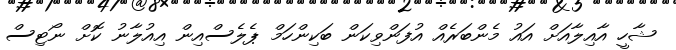
ޝާހީ އާއިލާއަށް އައު މެންބަރެއް އުފަންވިކަން ބަކިންހަމް ޕެލެސްއިން އިއުލާނު ކޮށް ނޯޓިސް